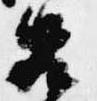
召